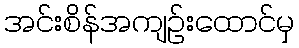
အင်းစိန်အကျဉ်းထောင်မှ